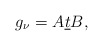
\begin{align*} g_\nu=A \underline{t}B, \end{align*}